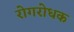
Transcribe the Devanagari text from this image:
रोगरोधक